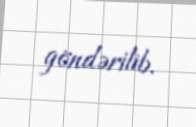
göndərilib.